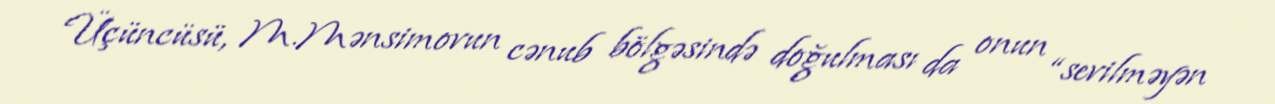
Üçüncüsü, M.Mənsimovun cənub bölgəsində doğulması da onun “sevilməyən